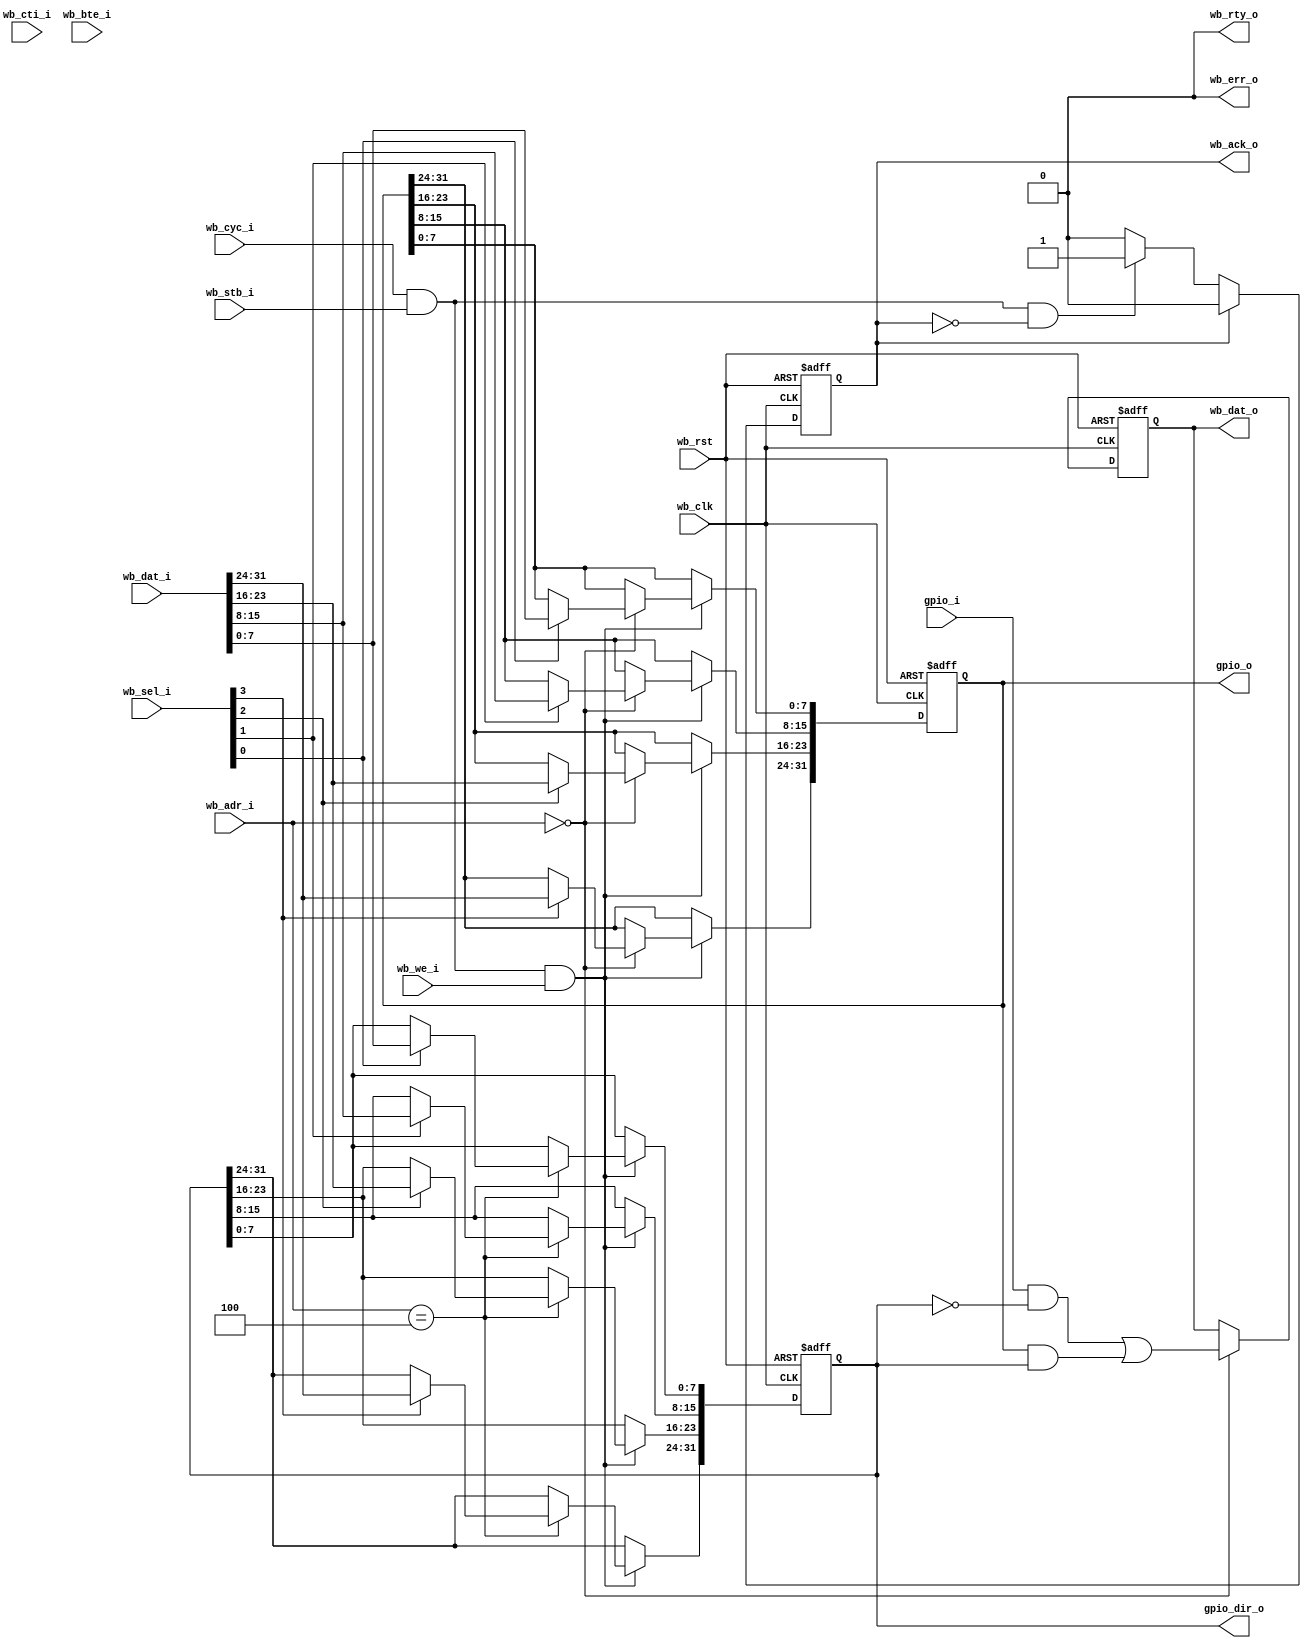
module gpio
(
	input               wb_clk,
	input               wb_rst,
	
	input      [2:0]    wb_adr_i,
	input      [31:0]   wb_dat_i,
	input               wb_we_i,
	input               wb_cyc_i,
	input               wb_stb_i,
	input      [2:0]    wb_cti_i,
	input      [1:0]    wb_bte_i,
	input      [3:0]    wb_sel_i,
	output reg [31:0]   wb_dat_o,
	output reg          wb_ack_o,
	output              wb_err_o,
	output              wb_rty_o,
	
	input      [31:0]   gpio_i,
	output reg [31:0]   gpio_o,
	output reg [31:0]   gpio_dir_o
);


// GPIO dir register
always @(posedge wb_clk or posedge wb_rst)
	if (wb_rst)
		gpio_dir_o <= 0; // All set to in at reset
	else if (wb_cyc_i & wb_stb_i & wb_we_i) begin
		if (wb_adr_i == 4'b100) begin
			if (wb_sel_i[0] == 1)
				gpio_dir_o[7:0] <= wb_dat_i[7:0];
			if (wb_sel_i[1] == 1)
				gpio_dir_o[15:8] <= wb_dat_i[15:8];
			if (wb_sel_i[2] == 1)
				gpio_dir_o[23:16] <= wb_dat_i[23:16];
			if (wb_sel_i[3] == 1)
				gpio_dir_o[31:24] <= wb_dat_i[31:24];
		end
	end


// GPIO data out register
always @(posedge wb_clk or posedge wb_rst)
	if (wb_rst)
		gpio_o <= 0;
	else if (wb_cyc_i & wb_stb_i & wb_we_i) begin
		if (wb_adr_i == 4'b000) begin
			if (wb_sel_i[0] == 1)
				gpio_o[7:0] <= wb_dat_i[7:0];
			if (wb_sel_i[1] == 1)
				gpio_o[15:8] <= wb_dat_i[15:8];
			if (wb_sel_i[2] == 1)
				gpio_o[23:16] <= wb_dat_i[23:16];
			if (wb_sel_i[3] == 1)
				gpio_o[31:24] <= wb_dat_i[31:24];
		end
	end


// Register the gpio in signal
always @(posedge wb_clk or posedge wb_rst)
	if (wb_rst)
		wb_dat_o <= 0;
	else begin
		// Data regs
		if (wb_adr_i == 4'b0000)
			wb_dat_o <= (gpio_i & ~gpio_dir_o) | (gpio_o & gpio_dir_o);
		
		// Direction reg
		if (wb_adr_i == 4'b1000)
			wb_dat_o <= gpio_dir_o;
	end

// Ack generation
always @(posedge wb_clk or posedge wb_rst)
	if (wb_rst)
		wb_ack_o <= 0;
	else if (wb_ack_o)
		wb_ack_o <= 0;
	else if (wb_cyc_i & wb_stb_i & !wb_ack_o)
		wb_ack_o <= 1;

assign wb_err_o = 0;
assign wb_rty_o = 0;

endmodule